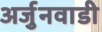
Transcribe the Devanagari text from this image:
अर्जुनवाडी